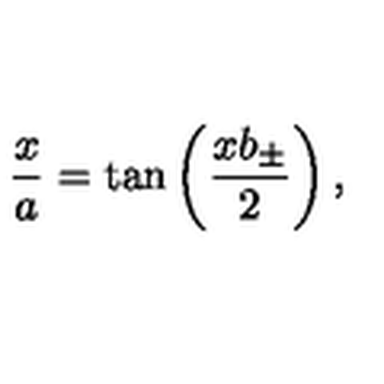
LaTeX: \frac { x } { a } = \tan \left( \frac { x b _ { \pm } } { 2 } \right) ,